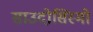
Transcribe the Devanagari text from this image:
साउदोसिस्मो